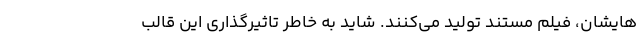
‌هایشان، فیلم مستند تولید می‌کنند. شاید به خاطر تاثیرگذاری این قالب